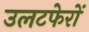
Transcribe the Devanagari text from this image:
उलटफेरों